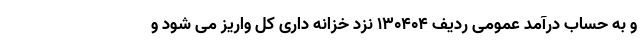
و به حساب درآمد عمومی ردیف ۱۳۰۴۰۴ نزد خزانه داری کل واریز می شود و